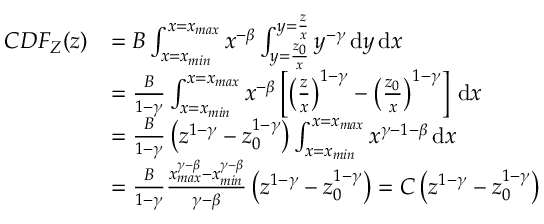
\begin{array} { r l } { C D F _ { Z } ( z ) } & { = B \int _ { x = x _ { m i n } } ^ { x = x _ { m a x } } x ^ { - \beta } \int _ { y = \frac { z _ { 0 } } { x } } ^ { y = \frac { z } { x } } y ^ { - \gamma } \, \mathrm { d } y \, \mathrm { d } x } \\ & { = \frac { B } { 1 - \gamma } \int _ { x = x _ { m i n } } ^ { x = x _ { m a x } } x ^ { - \beta } \left[ \left( \frac { z } { x } \right) ^ { 1 - \gamma } - \left( \frac { z _ { 0 } } { x } \right) ^ { 1 - \gamma } \right] \, \mathrm { d } x } \\ & { = \frac { B } { 1 - \gamma } \left( z ^ { 1 - \gamma } - z _ { 0 } ^ { 1 - \gamma } \right) \int _ { x = x _ { m i n } } ^ { x = x _ { m a x } } x ^ { \gamma - 1 - \beta } \, \mathrm { d } x } \\ & { = \frac { B } { 1 - \gamma } \frac { x _ { m a x } ^ { \gamma - \beta } - x _ { m i n } ^ { \gamma - \beta } } { \gamma - \beta } \left( z ^ { 1 - \gamma } - z _ { 0 } ^ { 1 - \gamma } \right) = C \left( z ^ { 1 - \gamma } - z _ { 0 } ^ { 1 - \gamma } \right) } \end{array}